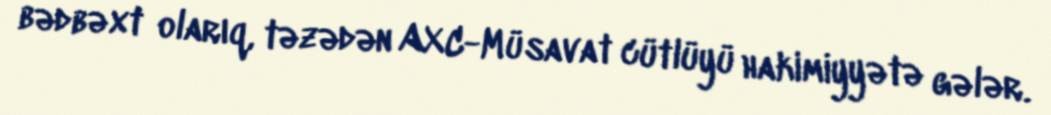
bədbəxt olarıq, təzədən AXC-Müsavat cütlüyü hakimiyyətə gələr.